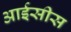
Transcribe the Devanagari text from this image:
आईसीस